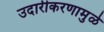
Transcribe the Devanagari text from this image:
उदारीकरणामुळे